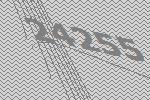
24255